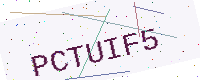
Text: PCTUIF5